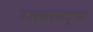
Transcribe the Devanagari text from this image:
रस्त्यासदृष्य